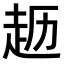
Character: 𫎱